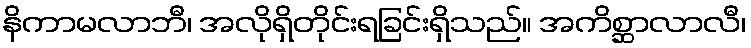
နိကာမလာဘီ၊ အလိုရှိတိုင်းရခြင်းရှိသည်။ အကိစ္ဆာလာလီ၊